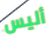
أليس